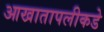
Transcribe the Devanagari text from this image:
आखातापलीकडे